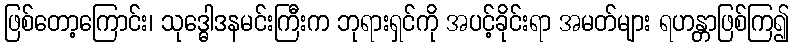
ဖြစ်တော့ကြောင်း၊ သုဒ္ဓေါဒနမင်းကြီးက ဘုရားရှင်ကို အပင့်ခိုင်းရာ အမတ်များ ရဟန္တာဖြစ်ကြ၍